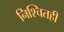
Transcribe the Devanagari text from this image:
निश्चितही